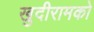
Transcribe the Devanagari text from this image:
खुदीरामको